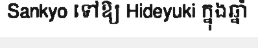
Sankyo ទៅឱ្យ Hideyuki ក្នុងឆ្នាំ